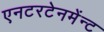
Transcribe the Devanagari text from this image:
एनटरटेनमेंन्ट